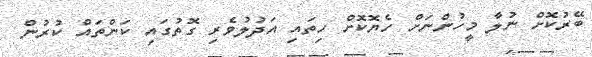
ބޭރުކޮށް ނުލާ މީހުންނަށް ހެޔޮކޮށް ހިތައި އަދުލުވެރި ގޮތުގައި ކަންތައް ކުރުން